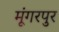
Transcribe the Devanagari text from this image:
मूंगरपुर